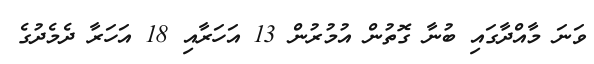
ވަނަ މާއްދާގައި ބުނާ ގޮތުން އުމުރުން 13 އަހަރާއި 18 އަހަރާ ދެމެދުގެ